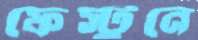
ফেস্টুনে